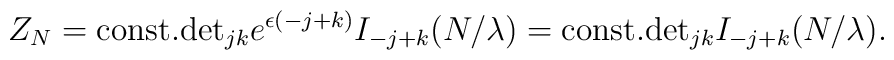
Z_{N}={\rm const.}{\rm det}_{jk}e^{\epsilon(-j+k)}I_{-j+k}(N/\lambda)={\rm const.}{\rm det}_{jk}I_{-j+k}(N/\lambda).